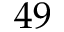
4 9